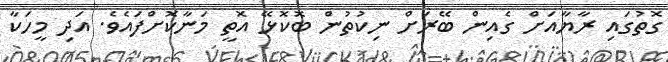
ގޮތުގައި ރާޔާއަށް ގެއިން ބޭރަށް ނިކުތުން ބޮކޮޅޭ އޮތީ މަނާކޮށްފައެވެ. އަދި މީހަކާ